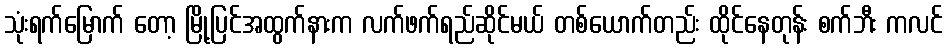
သုံးရက်မြောက် တော့ မြို့ပြင်အထွက်နားက လက်ဖက်ရည်ဆိုင်မယ် တစ်ယောက်တည်း ထိုင်နေတုန်း စက်ဘီး ကလင်